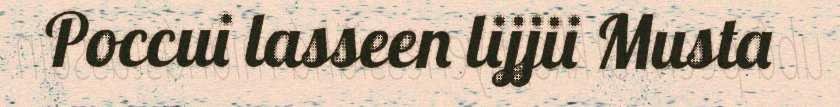
Poccui lasseen lijjii Musta